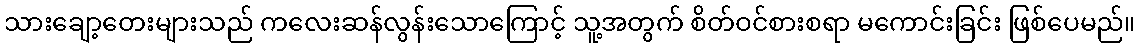
သားချော့တေးများသည် ကလေးဆန်လွန်းသောကြောင့် သူ့အတွက် စိတ်ဝင်စားစရာ မကောင်းခြင်း ဖြစ်ပေမည်။